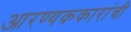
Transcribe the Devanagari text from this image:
आरण्यककारांची